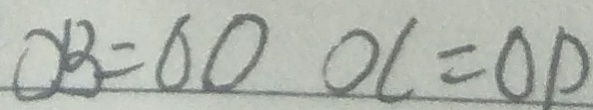
O B = 6 0 O C = O D